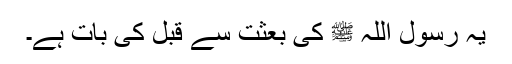
یہ رسول اللہ ﷺ کی بعثت سے قبل کی بات ہے۔